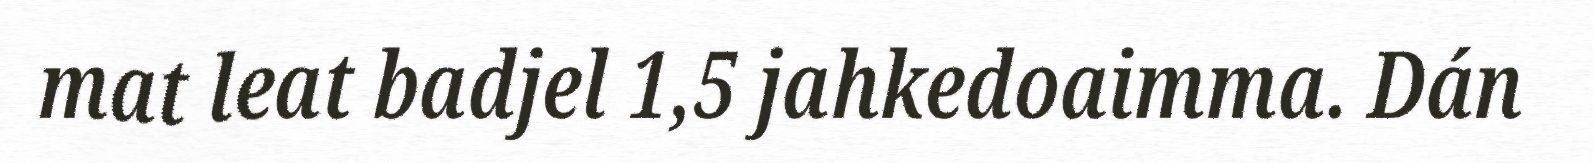
mat leat badjel 1,5 jahkedoaimma. Dán